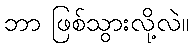
ဘာ ဖြစ်သွားလို့လဲ။